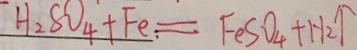
H _ { 2 } S O _ { 4 } + F e = F e S O _ { 4 } + H _ { 2 } \uparrow